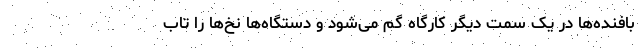
بافنده‌ها در یک سمت دیگر کارگاه گُم می‌شود و دستگاه‌ها نخ‌ها را تاب